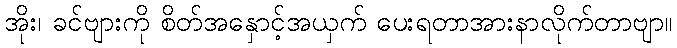
အိုး၊ ခင်ဗျားကို စိတ်အနှောင့်အယှက် ပေးရတာအားနာလိုက်တာဗျာ။